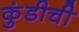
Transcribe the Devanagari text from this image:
कुंडीची